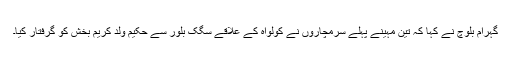
گہرام بلوچ نے کہا کہ تین مہینے پہلے سرمچاروں نے کولواہ کے علاقے سگک بلور سے حکیم ولد کریم بخش کو گرفتار کیا۔